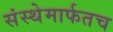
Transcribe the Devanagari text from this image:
संस्थेमार्फतच